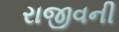
રાજીવની